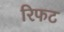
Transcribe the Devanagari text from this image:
रिफट